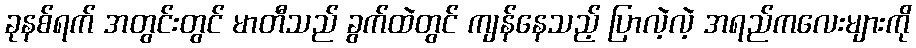
ခုနစ်ရက် အတွင်းတွင် မာတီသည် ခွက်ထဲတွင် ကျန်နေသည့် ပြာလဲ့လဲ့ အရည်ကလေးများကို